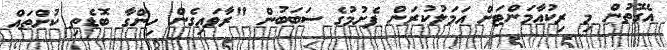
އެގޮތުން މި ރިކުއާމަންޓަށް އަމަލުކުރަން ފެށުމުގެ ސަބަބުން "ރާވައިގެން ހިންގާ ބޮޑެތި ކުށްތައް